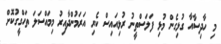
މި ހާދިސާއާ ގުޅިގެން މުޅި ފަލަސްތީނު ރުޅިއައިސް ކެރި އަރަމުންދާއިރު މިމައްސަލަ ތަހްގީގުކޮށް